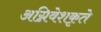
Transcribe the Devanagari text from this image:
अग्निवेशकृते